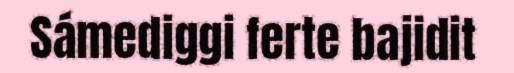
Sámediggi ferte bajidit